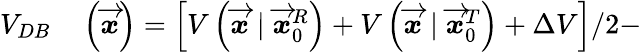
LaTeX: \begin{array}{rl}{V_{DB}}&{{}\left(\overrightarrow{\mathbfit{x}}\right)=\left[V\left(\overrightarrow{\mathbfit{x}}\mid\overrightarrow{\mathbfit{x}}_{0}^{R}\right)+V\left(\overrightarrow{\mathbfit{x}}\mid\overrightarrow{\mathbfit{x}}_{0}^{T}\right)+\Delta V\right]/2-}\end{array}